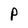
Character: P